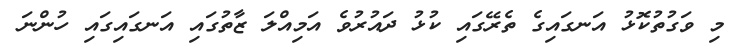
މި ވަގުތުކޮޅު އަނގައިގެ ތެރޭގައި ކުޅު ދައުރުވެ އަމިއްލަ ޒާތުގައި އަނގައިގައި ހުންނަ